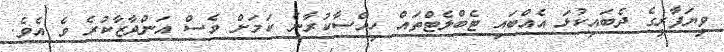
ވިޔަފާރީގެ ދެބައިކުޅަ އެއްބައި ޓެބްލެޓްތައް ހިއްސާކުރާނެ ކަމަށް ވެސް އަންދާޒާކުރެ ވެ އެވެ.